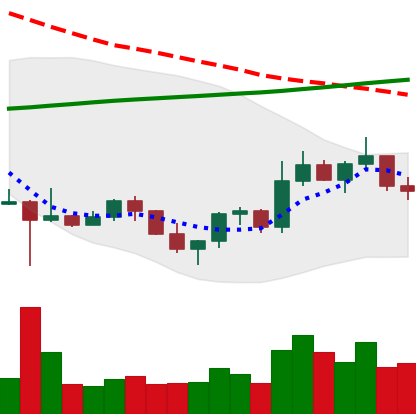
Ticker: ETC-USD
Chart end date: 2022-10-31
Forward return: 9.044%
Label: up_7plus